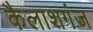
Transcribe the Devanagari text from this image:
कैलाशगंज